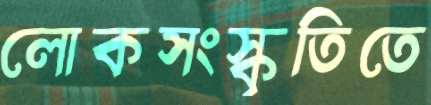
লোকসংস্কৃতিতে